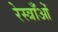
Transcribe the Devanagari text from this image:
रेस्त्राँओं